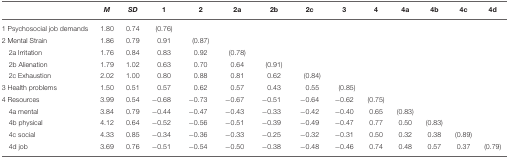
<table><thead><tr><td></td><td><b><i>M</i></b></td><td><b><i>SD</i></b></td><td><b>1</b></td><td><b>2</b></td><td><b>2a</b></td><td><b>2b</b></td><td><b>2c</b></td><td><b>3</b></td><td><b>4</b></td><td><b>4a</b></td><td><b>4b</b></td><td><b>4c</b></td><td><b>4d</b></td></tr></thead><tbody><tr><td>1 Psychosocial job demands</td><td>1.80</td><td>0.74</td><td>(0.76)</td><td></td><td></td><td></td><td></td><td></td><td></td><td></td><td></td><td></td><td></td></tr><tr><td>2 Mental Strain</td><td>1.86</td><td>0.79</td><td>0.91</td><td>(0.87)</td><td></td><td></td><td></td><td></td><td></td><td></td><td></td><td></td><td></td></tr><tr><td>2a Irritation</td><td>1.76</td><td>0.84</td><td>0.83</td><td>0.92</td><td>(0.78)</td><td></td><td></td><td></td><td></td><td></td><td></td><td></td><td></td></tr><tr><td>2b Alienation</td><td>1.79</td><td>1.02</td><td>0.63</td><td>0.70</td><td>0.64</td><td>(0.91)</td><td></td><td></td><td></td><td></td><td></td><td></td><td></td></tr><tr><td>2c Exhaustion</td><td>2.02</td><td>1.00</td><td>0.80</td><td>0.88</td><td>0.81</td><td>0.62</td><td>(0.84)</td><td></td><td></td><td></td><td></td><td></td><td></td></tr><tr><td>3 Health problems</td><td>1.50</td><td>0.51</td><td>0.57</td><td>0.62</td><td>0.57</td><td>0.43</td><td>0.55</td><td>(0.85)</td><td></td><td></td><td></td><td></td><td></td></tr><tr><td>4 Resources</td><td>3.99</td><td>0.54</td><td>−0.68</td><td>−0.73</td><td>−0.67</td><td>−0.51</td><td>−0.64</td><td>−0.62</td><td>(0.75)</td><td></td><td></td><td></td><td></td></tr><tr><td>4a mental</td><td>3.84</td><td>0.79</td><td>−0.44</td><td>−0.47</td><td>−0.43</td><td>−0.33</td><td>−0.42</td><td>−0.40</td><td>0.65</td><td>(0.83)</td><td></td><td></td><td></td></tr><tr><td>4b physical</td><td>4.12</td><td>0.64</td><td>−0.52</td><td>−0.56</td><td>−0.51</td><td>−0.39</td><td>−0.49</td><td>−0.47</td><td>0.77</td><td>0.50</td><td>(0.83)</td><td></td><td></td></tr><tr><td>4c social</td><td>4.33</td><td>0.85</td><td>−0.34</td><td>−0.36</td><td>−0.33</td><td>−0.25</td><td>−0.32</td><td>−0.31</td><td>0.50</td><td>0.32</td><td>0.38</td><td>(0.89)</td><td></td></tr><tr><td>4d job</td><td>3.69</td><td>0.76</td><td>−0.51</td><td>−0.54</td><td>−0.50</td><td>−0.38</td><td>−0.48</td><td>−0.46</td><td>0.74</td><td>0.48</td><td>0.57</td><td>0.37</td><td>(0.79)</td></tr></tbody></table>